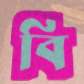
বি